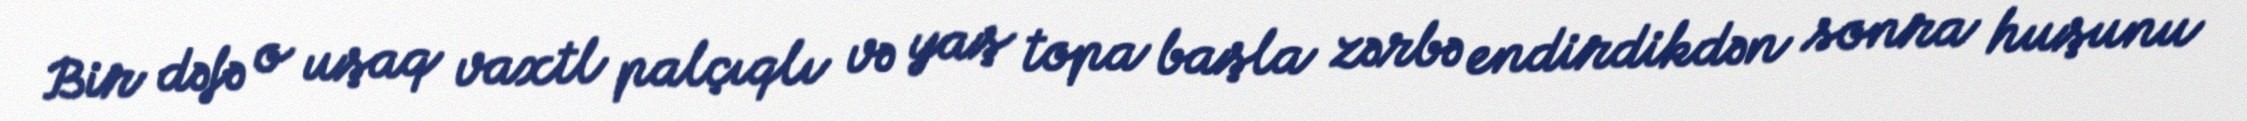
Bir dəfə o uşaq vaxtl palçıqlı və yaş topa başla zərbə endirdikdən sonra huşunu